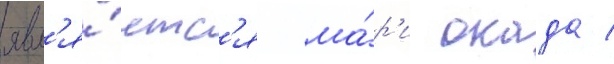
явл'я́етс'я ма́р'и окада /